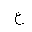
Letter: _ayn